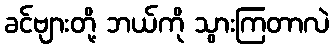
ခင်ဗျားတို့ ဘယ်ကို သွားကြတာလဲ